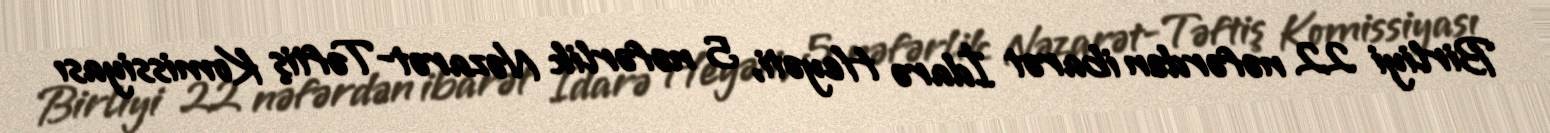
Birliyi 22 nəfərdən ibarət İdarə Heyəti, 5 nəfərlik Nəzarət-Təftiş Komissiyası